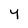
Character: y